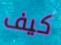
كيف